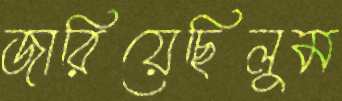
জারিয়েছিলুম